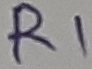
Text: R1